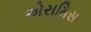
એરામિસ